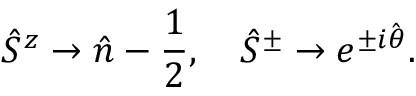
\hat { S } ^ { z } \rightarrow \hat { n } - \frac { 1 } { 2 } , \quad \hat { S } ^ { \pm } \rightarrow e ^ { \pm i \hat { \theta } } .